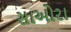
સાઓરા